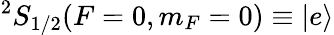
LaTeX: {}^{2}S_{1/2}(F=0,m_{F}=0)\equiv\left|e\right\rangle